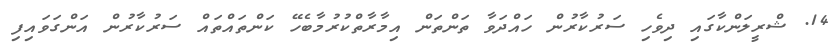
14. ޝްރީލަންކާގައި ދިވެހި ސަރުކާރުން ހައްދަވާ ތަންތަން އިމާރާތްކުރުމާބެހޭ ކަންތައްތައް ސަރުކާރުން އަންގަވައިފި